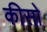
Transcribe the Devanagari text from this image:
कीसो